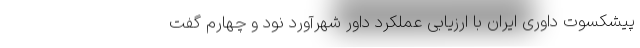
پیشکسوت داوری ایران با ارزیابی عملکرد داور شهرآورد نود و چهارم گفت